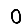
Digit: 0